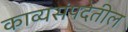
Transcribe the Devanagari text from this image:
काव्यसंपदेतील